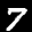
Label: 7